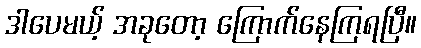
ဒါပေမယ့် အခုတော့ ကြောက်နေကြရပြီ။